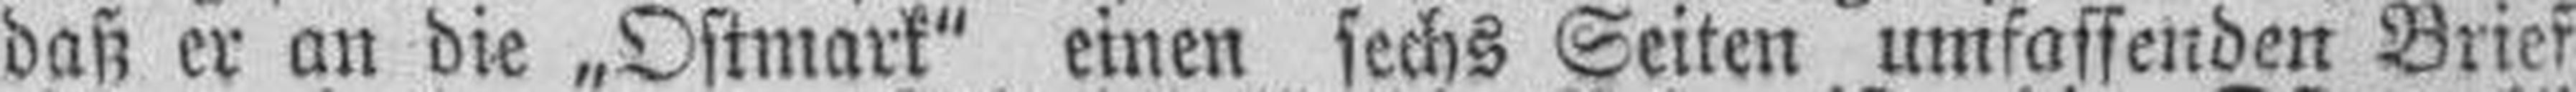
daß er an die „Ostmark“ einen sechs Seiten umfassenden Brief